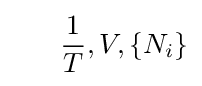
~~~~~{\frac {1}{T}},V,\{N_{i}\}